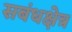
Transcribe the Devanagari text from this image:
सबंधक्षेत्र